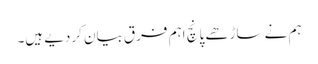
ہم نے ساڑھے پانچ اہم فرق بیان کردیے ہیں۔